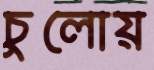
চুলোয়